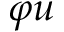
\varphi u